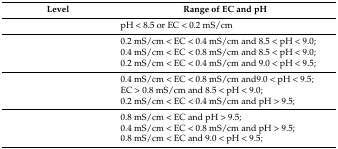
<table><thead><tr><td><b>Level</b></td><td><b>Range of EC and pH</b></td></tr></thead><tbody><tr><td>[EMPTY_CELL]</td><td>pH &lt; 8.5 or EC &lt; 0.2 mS/cm</td></tr><tr><td>[EMPTY_CELL]</td><td>0.2 mS/cm &lt; EC &lt; 0.4 mS/cm and 8.5 &lt; pH &lt; 9.0; 0.4 mS/cm &lt; EC &lt; 0.8 mS/cm and 8.5 &lt; pH &lt; 9.0; 0.2 mS/cm &lt; EC &lt; 0.4 mS/cm and 9.0 &lt; pH &lt; 9.5;</td></tr><tr><td>[EMPTY_CELL]</td><td>0.4 mS/cm &lt; EC &lt; 0.8 mS/cm and9.0 &lt; pH &lt; 9.5; EC &gt; 0.8 mS/cm and 8.5 &lt; pH &lt; 9.0; 0.2 mS/cm &lt; EC &lt; 0.4 mS/cm and pH &gt; 9.5;</td></tr><tr><td>[EMPTY_CELL]</td><td>0.8 mS/cm &lt; EC and pH &gt; 9.5; 0.4 mS/cm &lt; EC &lt; 0.8 mS/cm and pH &gt; 9.5;0.8 mS/cm &lt; EC and 9.0 &lt; pH &lt; 9.5;</td></tr></tbody></table>